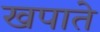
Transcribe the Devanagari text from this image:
खपाते